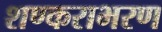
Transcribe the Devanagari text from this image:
शण्कराभरण